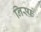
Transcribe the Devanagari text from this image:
निस्फ़